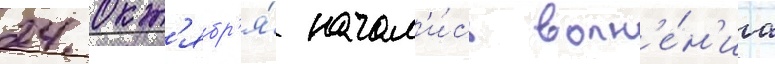
24 окт'ябр'я́ начал'и́сь волн'е́н'иа